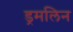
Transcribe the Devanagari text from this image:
ड्रमलिन